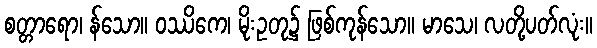
စတ္တာရော၊ န်သော။ ဝဿိကေ၊ မိုးဥတု၌ ဖြစ်ကုန်သော။ မာသေ၊ လတို့ပတ်လုံး။